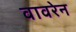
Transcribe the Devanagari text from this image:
वावरेन